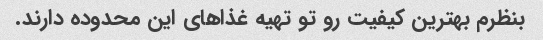
بنظرم بهترین کیفیت رو تو تهیه غذاهای این محدوده دارند.